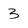
Character: 3